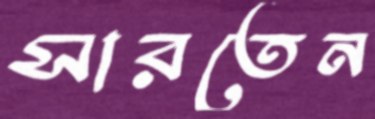
সারতেন